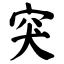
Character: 突